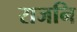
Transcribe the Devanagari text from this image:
राजनि